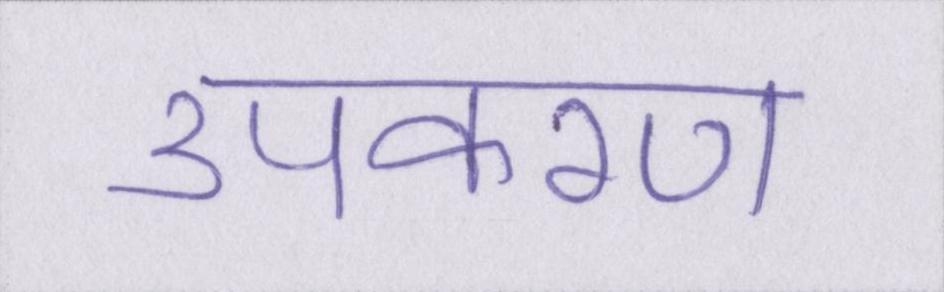
उपकरण